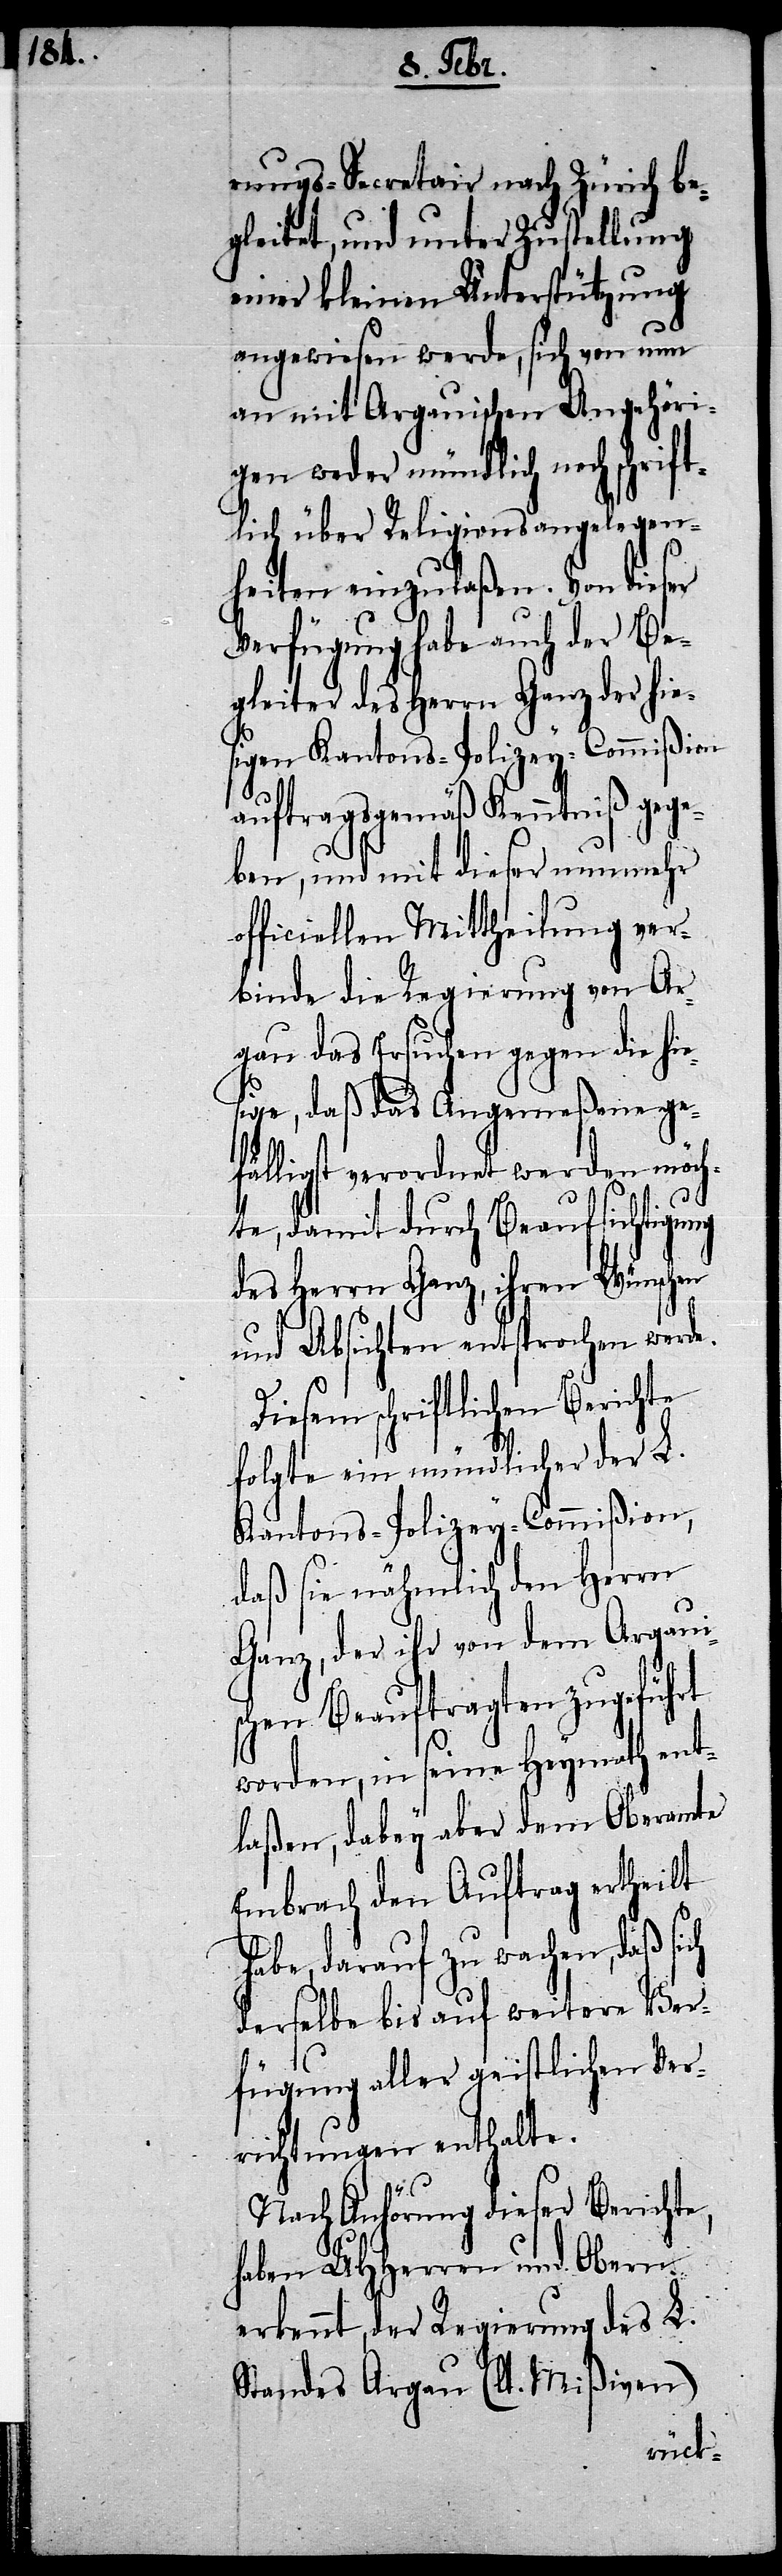
e.

rungs-Secretair nach Zürich be¬
gleitet, und unter Zustellung
einer kleinen Unterstützung
angewiesen werde, sich von nun
an mit Argauischen Angehöri¬
gen weder mündlich noch schrift¬
lich über Religionsangelegen¬
heiten einzulaßen. Von dieser
Verfügung habe auch der Be¬
gleiter des Herrn Ganz der hie¬
sigen Kantons-Polizey-Commißion
auftragsgemäß Kenntniß gege¬
ben, und mit dieser nunmehr
officiellen Mittheilung ver¬
binde die Regierung von Ar¬
gau das Ersuchen gegen die hie¬
sige, daß das Angemeßene ge¬
fälligst verordnet werden möch¬
te, damit durch Beaufsichtigung
des Herrn Ganz, ihren Wünschen
und Absichten entsprochen werd¬
Diesem schriftlichen Berichte
folgte ein mündlicher der L.
Kantons-Polizey-Commißion,
daß sie nähmlich den Herrn
Ganz, der ihr von dem Argaui¬
schen Beauftragten zugeführt
worden, in seine Heymath ent¬
laßen, dabey aber dem Oberamte
Embrach den Auftrag ertheilt
habe, darauf zu wachen, daß sich
derselbe bis auf weitere Ver¬
fügung aller geistlichen Ver¬
richtungen enthalte.
Nach Anhörung dieser Berichte,
haben UHHerren und Obern
erkennt, der Regierung des L.
Standes Argau (lt. Mißiven)